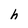
Character: h